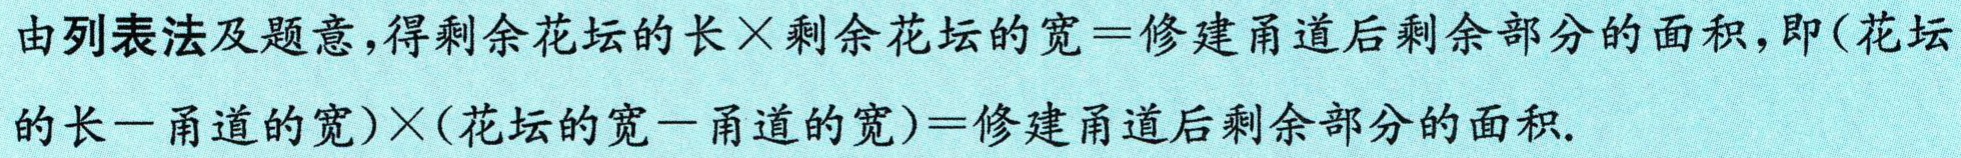
由列表法及题意,得剩余花坛的长$\times$剩余花坛的宽$=$修建甬道后剩余部分的面积,即(花坛的长$-$甬道的宽)$\times$(花坛的宽$-$甬道的宽)$=$修建甬道后剩余部分的面积.